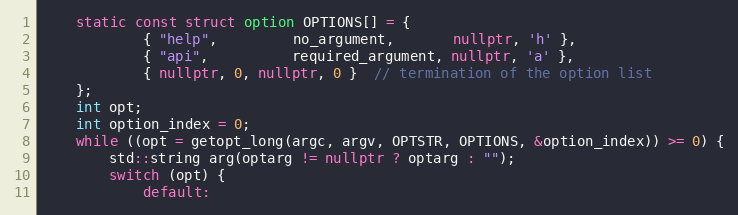
Language: C++
    static const struct option OPTIONS[] = {
            { "help",         no_argument,       nullptr, 'h' },
            { "api",          required_argument, nullptr, 'a' },
            { nullptr, 0, nullptr, 0 }  // termination of the option list
    };
    int opt;
    int option_index = 0;
    while ((opt = getopt_long(argc, argv, OPTSTR, OPTIONS, &option_index)) >= 0) {
        std::string arg(optarg != nullptr ? optarg : "");
        switch (opt) {
            default: